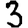
Digit: 3